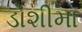
ડોશીમા